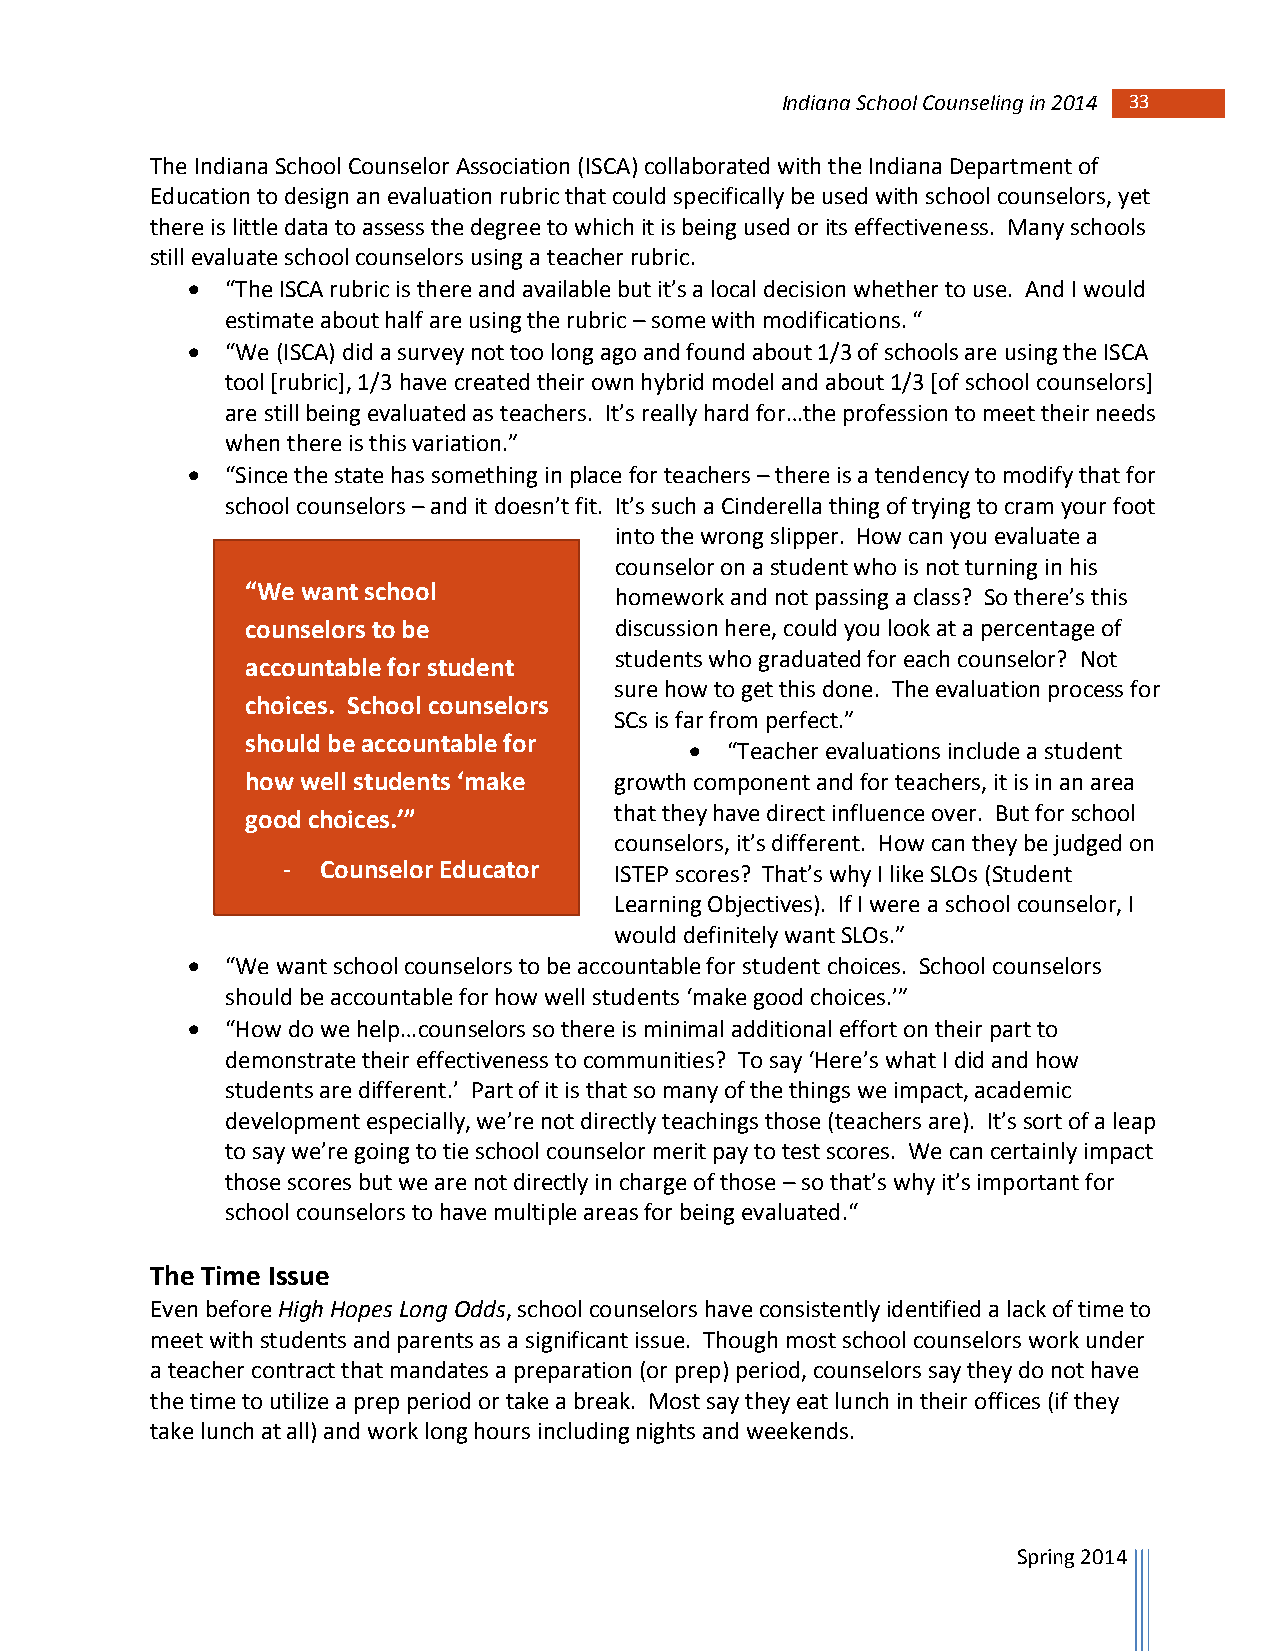
Indiana School Counseling in 2014 33
 The Indiana School Counselor Association (ISCA) collaborated with the Indiana Department of
 Education to design an evaluation rubric that could specifically be used with school counselors, yet
 there is little data to assess the degree to which it is being used or its effectiveness. Many schools
 still evaluate school counselors using a teacher rubric.
   “The ISCA rubric is there and available but it’s a local decision whether to use. And I would
 estimate about half are using the rubric – some with modifications. “
   “We (ISCA) did a survey not too long ago and found about 1/3 of schools are using the ISCA
 tool [rubric], 1/3 have created their own hybrid model and about 1/3 [of school counselors]
 are still being evaluated as teachers. It’s really hard for…the profession to meet their needs
 when there is this variation.”
   “Since the state has something in place for teachers – there is a tendency to modify that for
 school counselors – and it doesn’t fit. It’s such a Cinderella thing of trying to cram your foot
 into the wrong slipper. How can you evaluate a
 counselor on a student who is not turning in his
 “We want school
 homework and not passing a class? So there’s this
 counselors to be         discussion here, could you look at a percentage of
 students who graduated for each counselor? Not
 accountable for student
 sure how to get this done. The evaluation process for
 choices. School counselors
 SCs is far from perfect.”
 should be accountable for
  “Teacher evaluations include a student
 how well students ‘make  growth component and for teachers, it is in an area
 good choices.’”          that they have direct influence over. But for school
 counselors, it’s different. How can they be judged on
 - Counselor Educator  ISTEP scores? That’s why I like SLOs (Student
 Learning Objectives). If I were a school counselor, I
 would definitely want SLOs.”
   “We want school counselors to be accountable for student choices. School counselors
 should be accountable for how well students ‘make good choices.’”
   “How do we help…counselors so there is minimal additional effort on their part to
 demonstrate their effectiveness to communities? To say ‘Here’s what I did and how
 students are different.’ Part of it is that so many of the things we impact, academic
 development especially, we’re not directly teachings those (teachers are). It’s sort of a leap
 to say we’re going to tie school counselor merit pay to test scores. We can certainly impact
 those scores but we are not directly in charge of those – so that’s why it’s important for
 school counselors to have multiple areas for being evaluated.“
 The Time Issue
 Even before High Hopes Long Odds, school counselors have consistently identified a lack of time to
 meet with students and parents as a significant issue. Though most school counselors work under
 a teacher contract that mandates a preparation (or prep) period, counselors say they do not have
 the time to utilize a prep period or take a break. Most say they eat lunch in their offices (if they
 take lunch at all) and work long hours including nights and weekends.
 Spring 2014